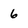
Character: 6